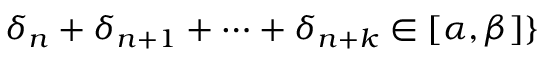
\delta _ { n } + \delta _ { n + 1 } + \cdots + \delta _ { n + k } \in [ \alpha , \beta ] \}